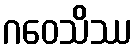
ဂဝေသိဿ